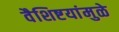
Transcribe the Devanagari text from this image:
वैशिष्टयांमुळे